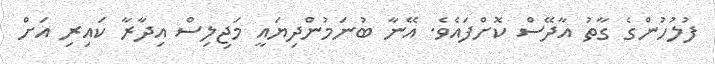
ފުލުހުންގެ ގާތު އާދޭސް ކޮށްފައެވެ. އޭނާ ބުނަމުންދިޔައީ މަޖިލިސް އިދާރާ ކައިރި އަށް